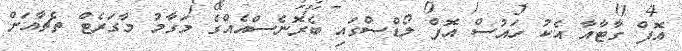
އޮފް ގާޓާއާ އެކު ހައުސް އޮފް ލޯޑްސްގައި ބެރޮނެސްއެއްގެ މަގާމު މާގަރެޓް ތެޗާއަށް